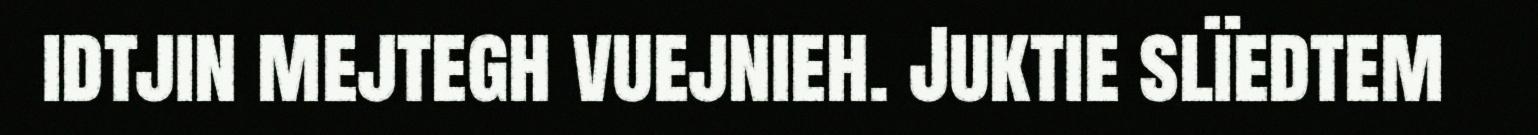
idtjin mejtegh vuejnieh. Juktie slïedtem